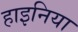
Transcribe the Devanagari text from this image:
हाइनिया